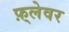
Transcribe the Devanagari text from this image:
फ़्लेवर